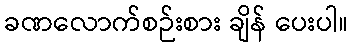
ခဏလောက်စဉ်းစား ချိန် ပေးပါ။